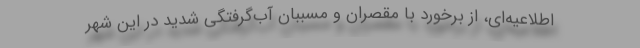
اطلاعیه‌ای، از برخورد با مقصران و مسببان آب‌گرفتگی شدید در این شهر